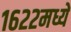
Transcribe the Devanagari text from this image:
१६२२मध्ये